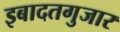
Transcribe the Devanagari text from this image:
इबादतगुजार